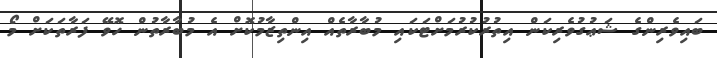
ބައިވެރިންގެ ޝަޢުގުވެރިކަން އިތުރުކުރުމަށްޓަކައި މުބާރާތެއް އިންތިޒާމުކޮށް އެ މުބާރާތުން ހޮވޭ ފަރާތަކަށް މޯ